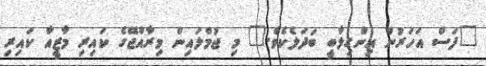
"ފަސް އަހަރުން އިންގިލާބީ ބަދަލެކެވެ." މި ޖުމްލައިން މިރާއްޖޭގެ ކައިރި މާޒީއާ ކައިރި